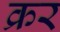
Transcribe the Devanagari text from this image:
क्रर